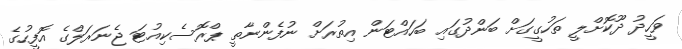
ވަހީދު ދޫކޮށްލީ ތަހުގީގަށް ބަންދުގައި ބަހައްޓަން އިތުރަށް ނުފެންނާތީ ޕްރޮސެކިއުޓަ ޖެނަރަލްގެ އޮފީހުގެ